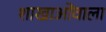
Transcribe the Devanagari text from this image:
शाखाओंवाला